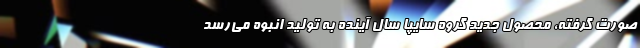
صورت گرفته، محصول جدید گروه سایپا سال آینده به تولید انبوه می‌رسد